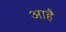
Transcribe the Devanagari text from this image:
आहै